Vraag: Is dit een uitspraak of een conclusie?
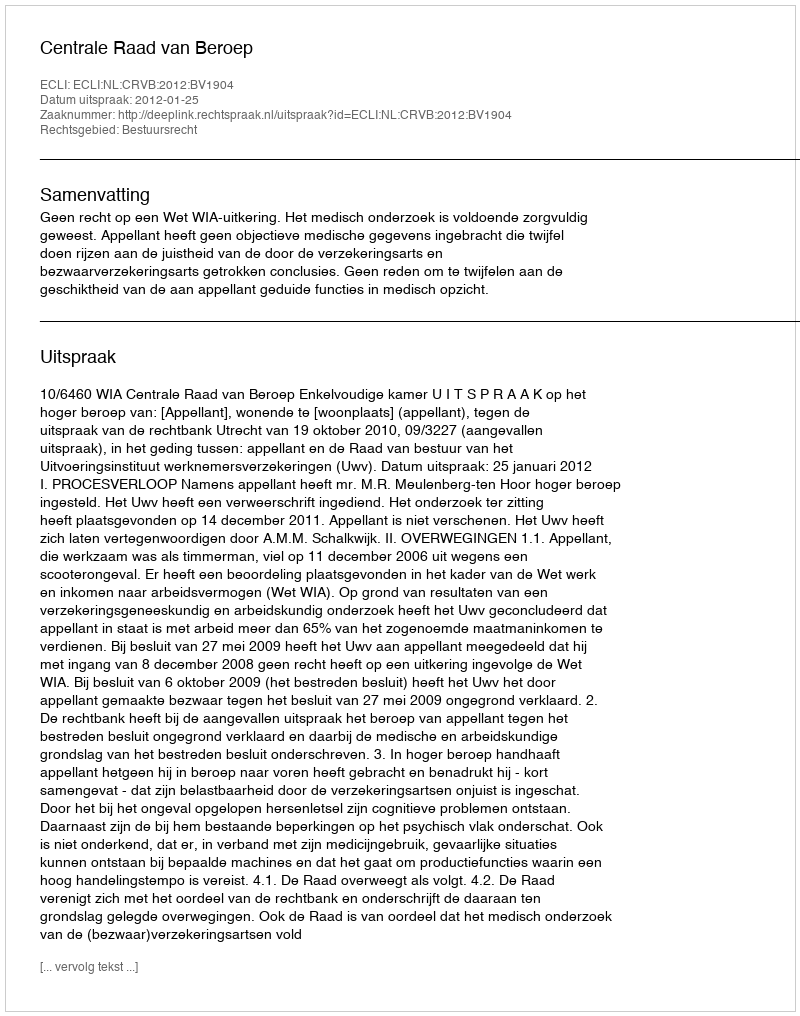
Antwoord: Uitspraak